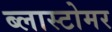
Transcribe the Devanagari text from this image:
ब्लास्टोमर